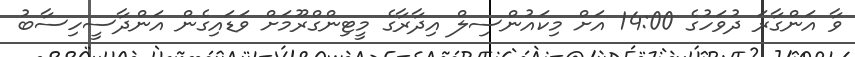
ވާ އަންގާރަ ދުވަހުގެ 14:00 އަށް މިކައުންސިލް އިދާރާގެ މީޓިންގްރޫމަށް ވަޑައިގެން އަންދާސީހިސާބު